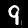
Digit: 9